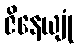
ဇိနေယျုံ